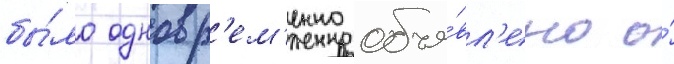
бы́ло одновр'ем'енно объя́вл'ено о́